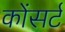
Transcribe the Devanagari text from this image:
कोंसर्ट